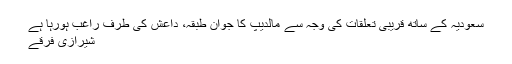
سعودیہ کے ساتھ قریبی تعلقات کی وجہ سے مالدیپ کا جوان طبقہ، داعش کی طرف راغب ہورہا ہے
شیرازی فرقے